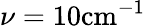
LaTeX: \nu=10\textrm{cm}^{-1}